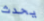
يحدث